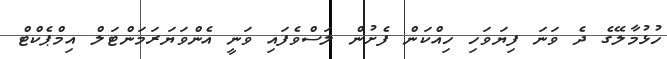
ހުޅުމާލޭގެ ދެ ވަނަ ފިޔަވަހި ހިއްކަން ފެށުން ލަސްވެފައި ވަނީ އެންވަޔަރަމަންޓަލް އިމްޕެކްޓް